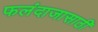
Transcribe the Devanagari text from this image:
फलंदाजासाठी